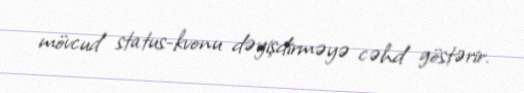
mövcud status-kvonu dəyişdirməyə cəhd göstərir.